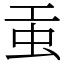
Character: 𧈫